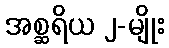
အစ္ဆရိယ ၂-မျိုး